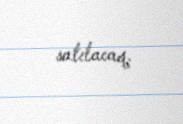
satılacaq.